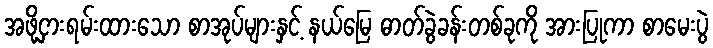
အဖို့ငှားရမ်းထားသော စာအုပ်များနှင့် နယ်မြေ ဓာတ်ခွဲခန်းတစ်ခုကို အားပြုကာ စာမေးပွဲ